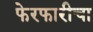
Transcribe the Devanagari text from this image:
फेरफारीचा